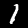
Digit: 1